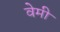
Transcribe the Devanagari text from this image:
वेमी